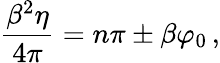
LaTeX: \frac{\beta^{2}\eta}{4\pi}=n\pi\pm\beta\varphi_{0}\, ,